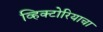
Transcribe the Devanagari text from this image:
व्हिक्टोरियाचा